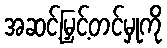
အဆင့်မြှင့်တင်မှုကို